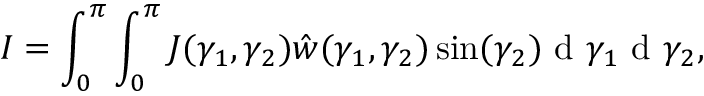
I = \int _ { 0 } ^ { \pi } \int _ { 0 } ^ { \pi } J ( \gamma _ { 1 } , \gamma _ { 2 } ) \hat { w } ( \gamma _ { 1 } , \gamma _ { 2 } ) \sin ( \gamma _ { 2 } ) \mathrm { ~ d ~ } \gamma _ { 1 } \mathrm { ~ d ~ } \gamma _ { 2 } ,